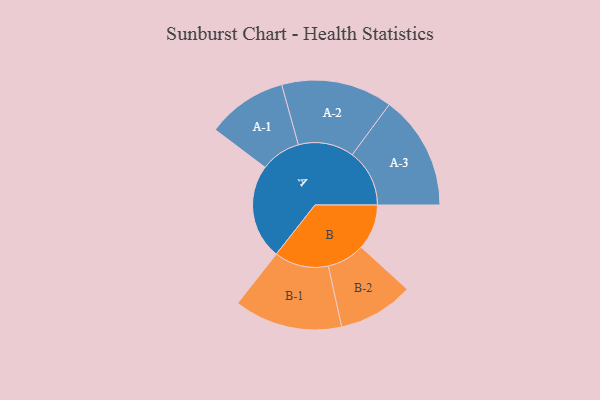
{"axis": {"x": "Segment", "y": "Value"}, "legend": ["", "A", "B"], "data": [{"x": "A", "y": 398, "type": ""}, {"x": "B", "y": 190, "type": ""}, {"x": "A-1", "y": 168, "type": "A"}, {"x": "A-2", "y": 233, "type": "A"}, {"x": "A-3", "y": 240, "type": "A"}, {"x": "B-1", "y": 227, "type": "B"}, {"x": "B-2", "y": 158, "type": "B"}]}